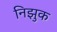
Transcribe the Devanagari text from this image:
निझुक